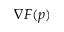
\nabla F ( p )